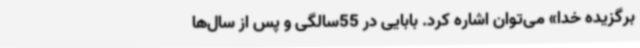
برگزیده خدا» می‌توان اشاره کرد. بابایی در 55سالگی و پس از سال‌ها